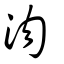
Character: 沕